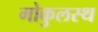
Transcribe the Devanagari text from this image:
गोकुलस्थ